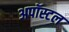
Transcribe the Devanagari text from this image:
अपॉस्टल